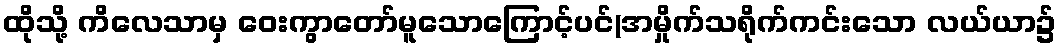
ထိုသို့ ကိလေသာမှ ဝေးကွာတော်မူသောကြောင့်ပင်(အမှိုက်သရိုက်ကင်းသော လယ်ယာ၌